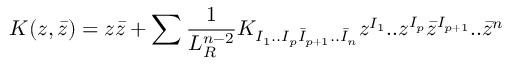
K ( z , \bar { z } ) = z \bar { z } + \sum { \frac { 1 } { L _ { R } ^ { n - 2 } } } K _ { I _ { 1 } . . I _ { p } \bar { I } _ { p + 1 } . . \bar { I } _ { n } } z ^ { I _ { 1 } } . . z ^ { I _ { p } } \bar { z } ^ { I _ { p + 1 } } . . \bar { z } ^ { n }